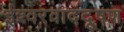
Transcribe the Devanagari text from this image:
ईश्वरवाददूषण